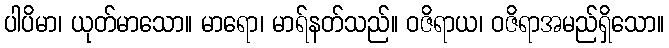
ပါပိမာ၊ ယုတ်မာသော။ မာရော၊ မာရ်နတ်သည်။ ဝဇိရာယ၊ ဝဇိရာအမည်ရှိသော။